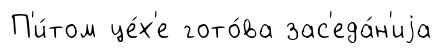
П'и́том це́х'е гото́ва зас'еда́н'иjа